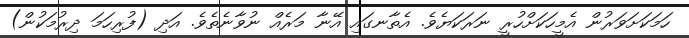
ހަމަކަށަވަރުން އެމީހަކަށްހުރީ ނަރަކަޔެވެ. އެތާނގައި އޭނާ މަރެއް ނުވާނެތެވެ. އަދި (ފުރިހަމަ ދިރުމަކުން)